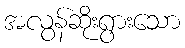
အလွန်ဆိုးရွားသော